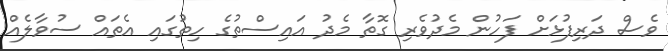
ވެސް ދަރިފުޅަށް ފަހުން މެދުވެރި ގޮތާ މެދު އައިސްތުގެ ހިތުގައި އެތައް ސުވާލެއް